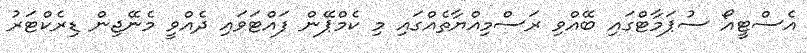
އެސްޓީއޯ ސުޕަމާޓްގައި ބޭއްވި ރަސްމިއްޔާތެއްގައި މި ކެމްޕޭން ފައްޓަވައި ދެއްވީ މެނޭޖިން ޑިރެކްޓަރު